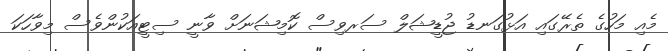
މެއި މަހުގެ ތެރޭގައި އަޅުގަނޑު ޖުޑީޝަލް ސަރވިސް ކޮމިޝަނަށް ވާނީ ސިޓީއަކުންވެސް މިވާހަކަ